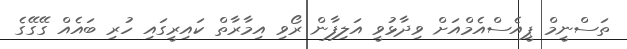
ތަސްނީމް ޕީއެސްއެމްއަށް ވިދާޅުވީ އަލިފާން ރޯވި އިމާރާތް ކައިރީގައި ހުރި ބައެއް ގޭގޭގެ